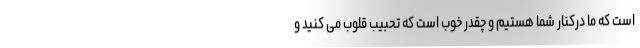
است که ما درکنار شما هستیم و چقدر خوب است که تحبیب قلوب می کنید و